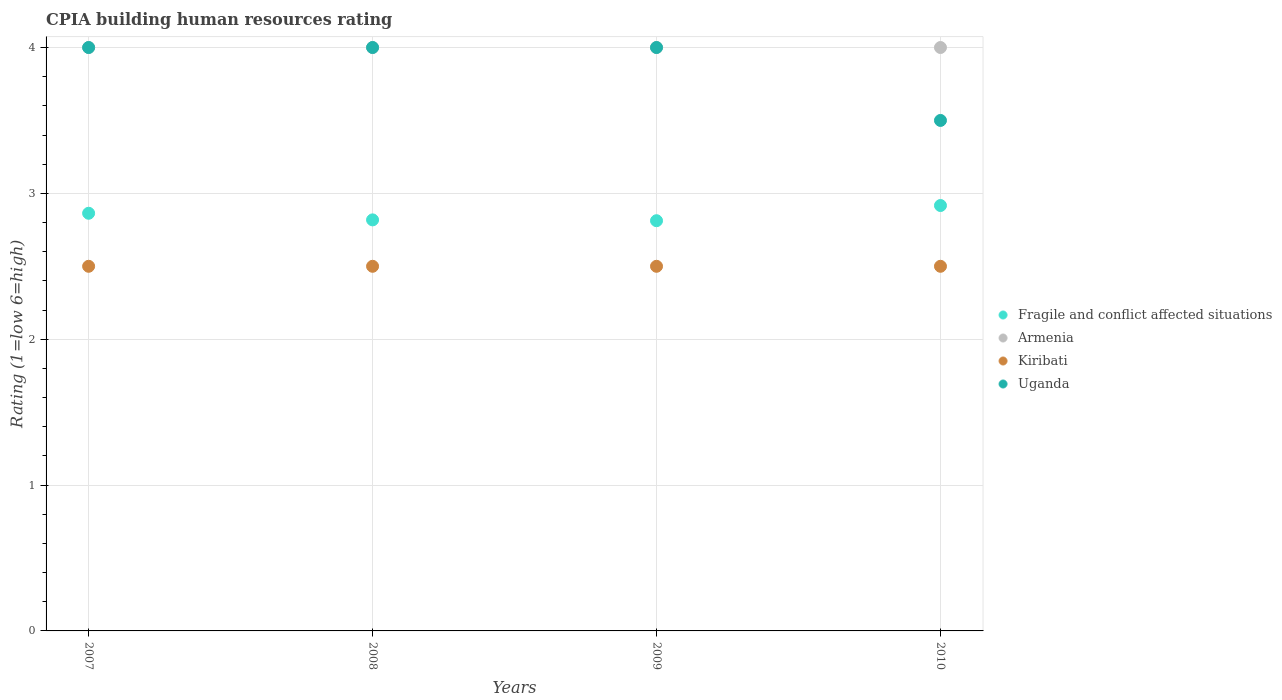
| Years | Fragile and conflict affected situations | Armenia | Kiribati | Uganda |
 | --- | --- | --- | --- | --- |
 | 2007 | 2.86 | 4 | 2.5 | 4 |
 | 2008 | 2.82 | 4 | 2.5 | 4 |
 | 2009 | 2.81 | 4 | 2.5 | 4 |
 | 2010 | 2.92 | 4 | 2.5 | 3.5 |